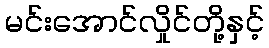
မင်းအောင်လှိုင်တို့နှင့်